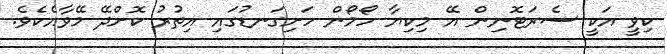
ކިވީ އަކީ ސެރަޓޮނިން އޭ މިކިޔާ ހޯމޯން ހަށިގަނޑުގައި އިތުރު ކޮށްދޭ މޭވާއެކެވެ.